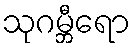
သုဂမ္ဘီရော